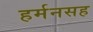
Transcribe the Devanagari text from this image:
हर्मनसह